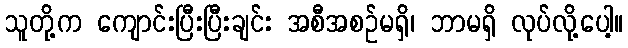
သူတို့က ကျောင်းပြီးပြီးချင်း အစီအစဉ်မရှိ၊ ဘာမရှိ လုပ်လို့ပေါ့။